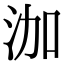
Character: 泇